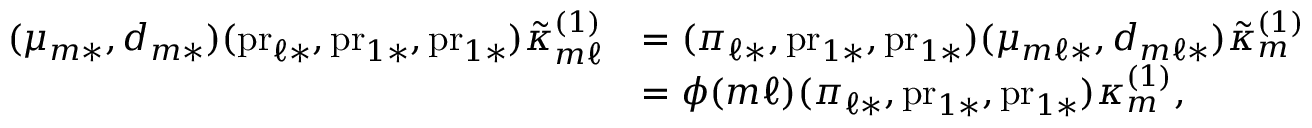
\begin{array} { r l } { ( \mu _ { m * } , d _ { m * } ) ( \mathrm { p r } _ { \ell * } , \mathrm { p r } _ { 1 * } , \mathrm { p r } _ { 1 * } ) \tilde { \kappa } _ { m \ell } ^ { ( 1 ) } } & { = ( \pi _ { \ell * } , \mathrm { p r } _ { 1 * } , \mathrm { p r } _ { 1 * } ) ( \mu _ { m \ell * } , d _ { m \ell * } ) \tilde { \kappa } _ { m } ^ { ( 1 ) } } \\ & { = \phi ( m \ell ) ( \pi _ { \ell * } , \mathrm { p r } _ { 1 * } , \mathrm { p r } _ { 1 * } ) \kappa _ { m } ^ { ( 1 ) } , } \end{array}